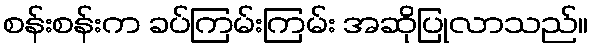
စန်းစန်းက ခပ်ကြမ်းကြမ်း အဆိုပြုလာသည်။